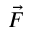
\Vec { F }